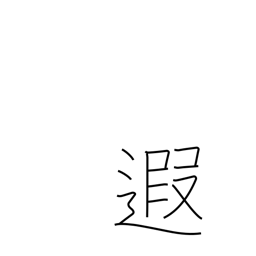
Meaning: distant